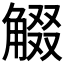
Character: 𧣸